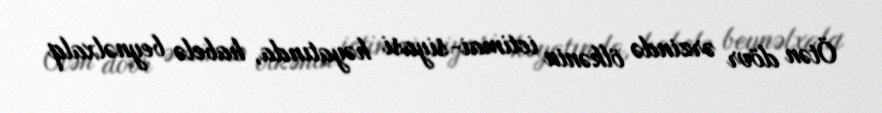
Ötən dövr ərzində ölkənin ictimai-siyasi həyatında, habelə beynəlxalq